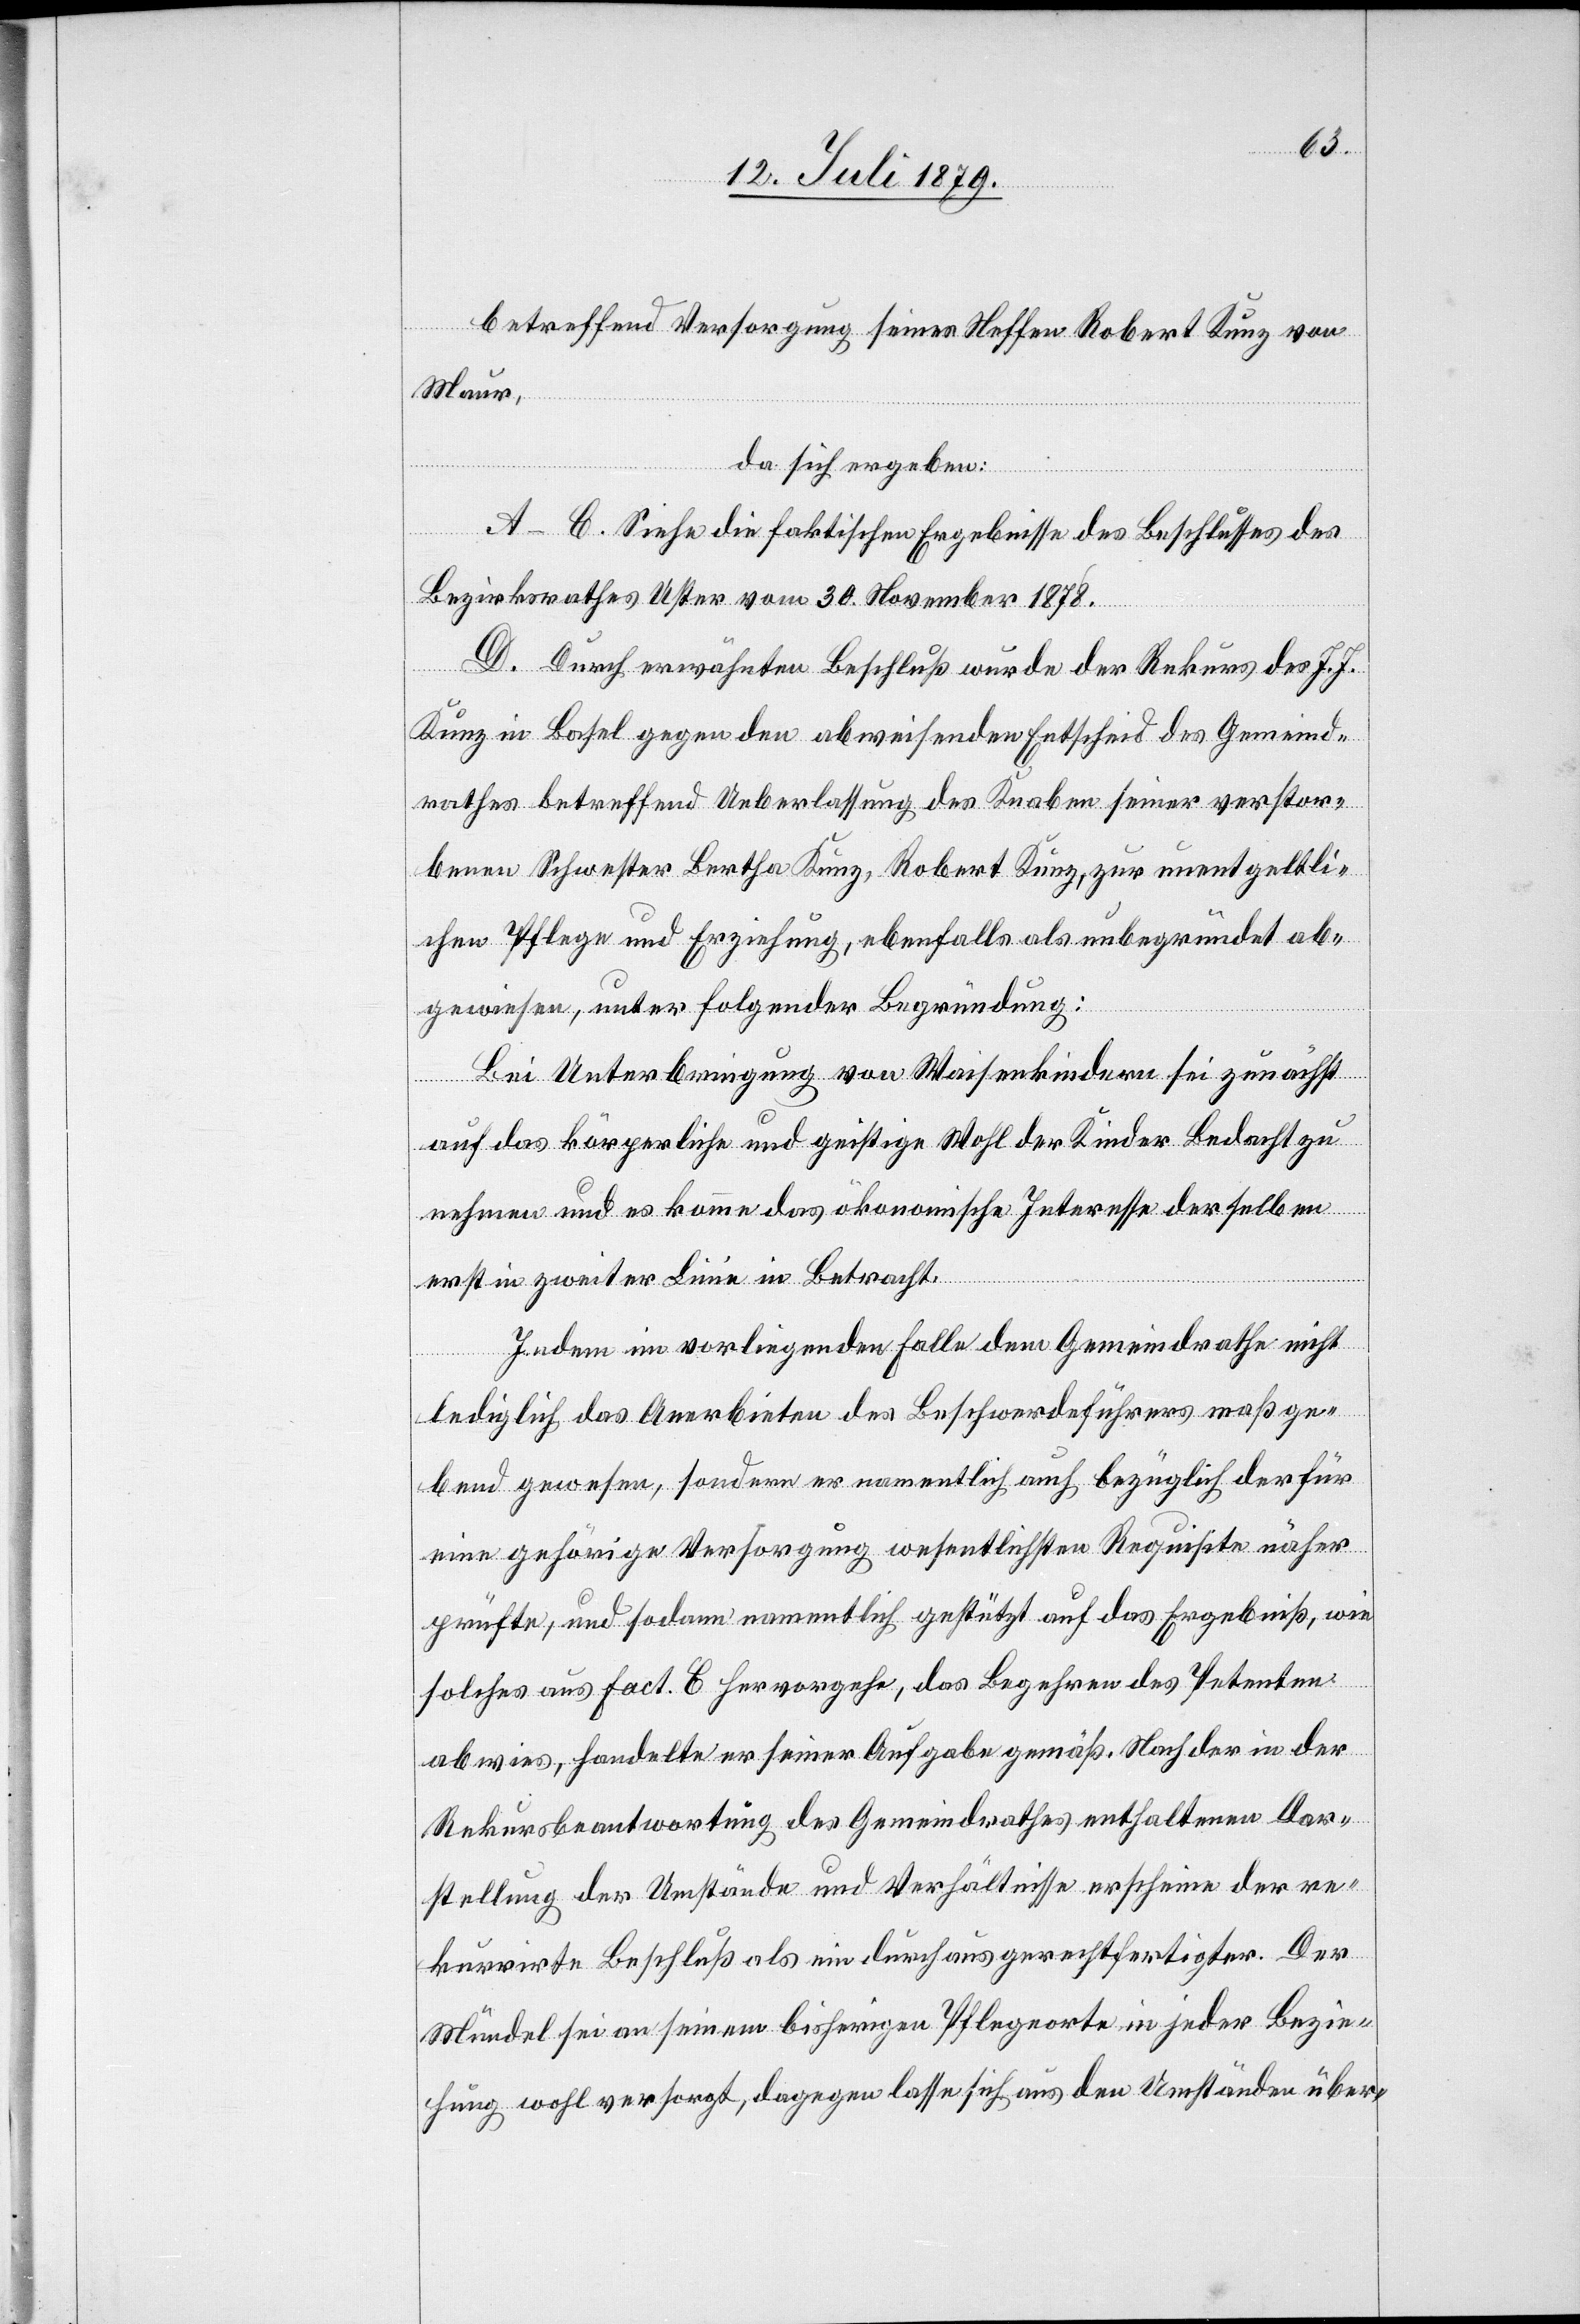
betreffend Versorgung seines Neffen Robert Kunz von
Maur,
da sich ergeben:
A–C. Siehe die faktischen Ergebnisse des Beschlusses des
Bezirksrathes Uster vom 30. November 1878.
D. Durch erwähnten Beschluß wurde der Rekurs des J. J.
Kunz in Basel gegen den abweisenden Entscheid des Gemeind¬
rathes betreffend Ueberlassung des Knaben seiner verstor¬
benen Schwester Bertha Kunz, Robert Kunz, zur unentgeltli¬
chen Pflege und Erziehung, ebenfalls als unbegründet ab¬
gewiesen, unter folgender Begründung:
Bei Unterbringung von Waisenkindern sei zunächst
auf das körperliche und geistige Wohl der Kinder Bedacht zu
nehmen und es komme das ökonomische Interesse derselben
erst in zweiter Linie in Betracht.
Indem im vorliegenden Falle dem Gemeindrathe nicht
lediglich das Anerbieten des Beschwerdeführers maßge¬
bend gewesen, sondern er namentlich auch bezüglich der für
eine gehörige Versorgung wesentlichsten Requisite näher
prüfte, und sodann namentlich gestützt auf das Ergebniß, wie
solches aus Fact. C hervorgehe, das Begehren des Petenten
abwies, handelte er seiner Aufgabe gemäß. Nach der in der
Rekursbeantwortung des Gemeindrathes enthaltenen Dar¬
stellung der Umstände und Verhältnisse erscheine der re¬
kurrirte Beschluß als ein durchaus gerechtfertigter. Der
Mündel sei an seinem bisherigen Pflegeorte in jeder Bezie¬
hung wohl versorgt, dagegen lasse sich aus den Umständen über-